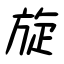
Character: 旋